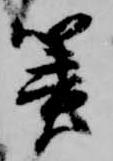
簀